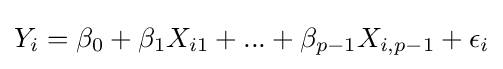
Y_{i}=\beta _{0}+\beta _{1}X_{i1}+...+\beta _{p-1}X_{i,p-1}+\epsilon _{i}